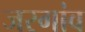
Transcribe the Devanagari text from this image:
जरगांव